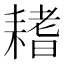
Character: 𦔌